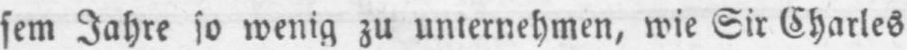
wenig zu unternehmen, wie Sir Charles